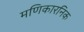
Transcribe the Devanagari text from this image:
मणिकारनिक